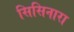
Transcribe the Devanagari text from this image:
सिसिनारा